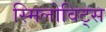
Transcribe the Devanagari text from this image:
स्मिलोविट्स